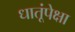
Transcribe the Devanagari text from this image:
धातूंपेक्षा